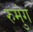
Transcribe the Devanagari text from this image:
रुमुंग